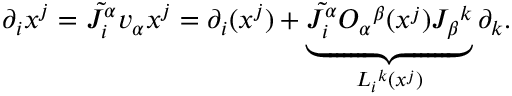
\partial _ { i } x ^ { j } = \tilde { J _ { i } ^ { \alpha } } v _ { \alpha } x ^ { j } = \partial _ { i } ( x ^ { j } ) + \underbrace { \tilde { J _ { i } ^ { \alpha } } O _ { \alpha } { } ^ { \beta } ( x ^ { j } ) J _ { \beta } { } ^ { k } } _ { L _ { i } { } ^ { k } ( x ^ { j } ) } \partial _ { k } .